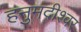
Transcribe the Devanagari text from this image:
हनुमदीश्वर